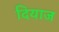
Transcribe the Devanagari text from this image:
दियाज